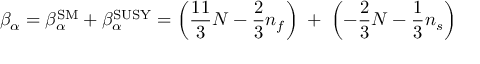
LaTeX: \beta _ { \alpha } = \beta _ { \alpha } ^ { \mathrm { S M } } + \beta _ { \alpha } ^ { \mathrm { S U S Y } } = \left( \frac { 1 1 } { 3 } N - \frac { 2 } { 3 } n _ { f } \right) \; + \; \left( - \frac { 2 } { 3 } N - \frac { 1 } { 3 } n _ { s } \right)